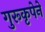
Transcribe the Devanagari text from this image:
गुरूकृपेने